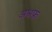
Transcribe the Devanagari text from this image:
अश्रफ़